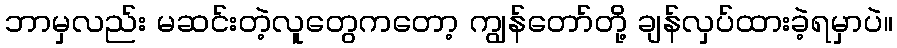
ဘာမှလည်း မဆင်းတဲ့လူတွေကတော့ ကျွန်တော်တို့ ချန်လှပ်ထားခဲ့ရမှာပဲ။